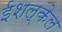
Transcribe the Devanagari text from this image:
ईशल्केल